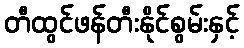
တီထွင်ဖန်တီးနိုင်စွမ်းနှင့်